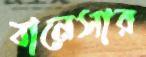
বানেসার